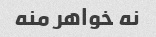
نه خواهر منه